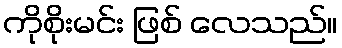
ကိုစိုးမင်း ဖြစ် လေသည်။